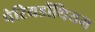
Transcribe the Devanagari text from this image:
पेरियडोंथियम